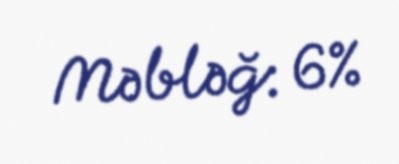
Məbləğ: 6%